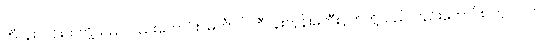
ဘီလူးလင်းတတို့သည်လည်းကောင်း။ ဓင်္ကာပိ၊ ဘီလူးဘုန်းမတီးငှက်တို့သည်လည်းကောင်း။ ကုလလာပိ၊